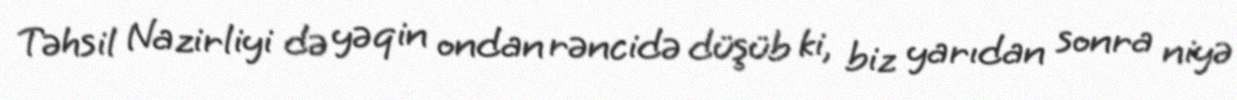
Təhsil Nazirliyi də yəqin ondan rəncidə düşüb ki, biz yarıdan sonra niyə